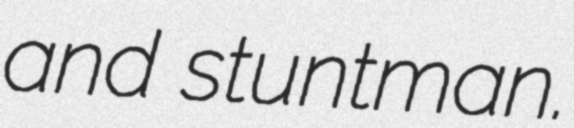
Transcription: and stuntman.